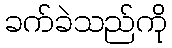
ခက်ခဲသည်ကို